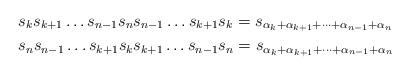
LaTeX: \begin{align*} & s_k s_{k+1} \dots s_{n-1} s_n s_{n-1}\dots s_{k+1}s_k = s_{\alpha_k + \alpha_{k+1} + \dots + \alpha_{n-1} + \alpha_n} \\ & s_n s_{n-1} \dots s_{k+1}s_k s_{k+1} \dots s_{n-1} s_n = s_{\alpha_k + \alpha_{k+1} + \dots + \alpha_{n-1} + \alpha_n} \\ \end{align*}